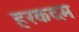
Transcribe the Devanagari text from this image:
हरकदम